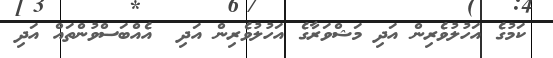
ކަމުގެ އަހުލުވެރިން އަދި މަޝްވަރާގެ އަހުލުވެރިން އަދި  އެއްބަސްވުންތައް އަދި